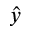
\hat { y }